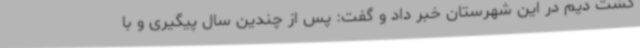
کشت دیم در این شهرستان خبر داد و گفت: پس از چندین سال پیگیری و با